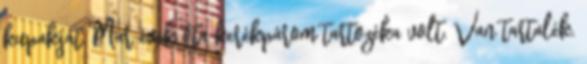
kupakját. Már évek óta kerékpárom tartozéka volt. Van tartalék.